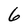
Character: 6